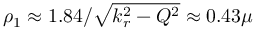
\rho _ { 1 } \approx 1 . 8 4 / \sqrt { k _ { r } ^ { 2 } - Q ^ { 2 } } \approx 0 . 4 3 \mu